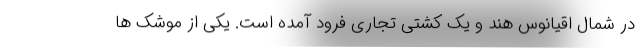
در شمال اقیانوس هند و یک کشتی تجاری فرود آمده است. یکی از موشک ها